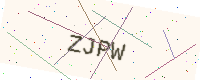
Text: ZJPW